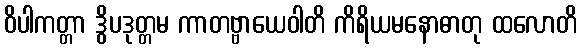
ဝိပါကတ္တာ ဒွိပဒုတ္တမ ကာတဗ္ဗာယေဝါတိ ကိရိယမနောဓာတု ထလောတိ